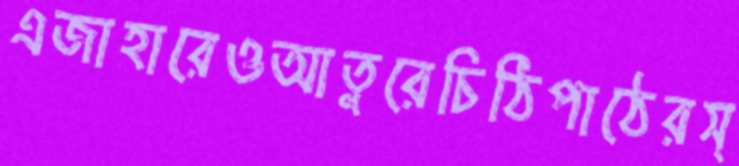
এজাহারেওআতুরেচিঠিপাঠেরস্